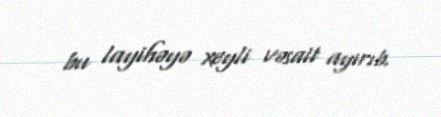
bu layihəyə xeyli vəsait ayırıb.